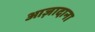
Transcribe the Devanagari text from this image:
आज़ादाना